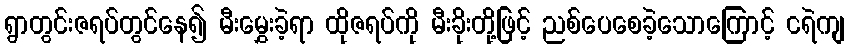
ရွာတွင်းဇရပ်တွင်နေ၍ မီးမွှေးခဲ့ရာ ထိုဇရပ်ကို မီးခိုးတို့ဖြင့် ညစ်ပေစေခဲ့သောကြောင့် ငရဲကျ